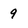
Character: 9